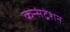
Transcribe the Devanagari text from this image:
कन्संट्रेशन